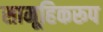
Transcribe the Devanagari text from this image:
सामूहिकरूप